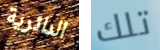
الدائرية تلك